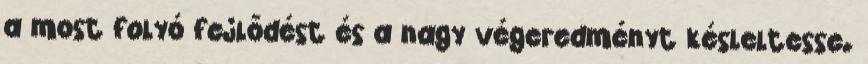
a most folyó fejlődést és a nagy végeredményt késleltesse.